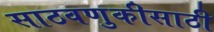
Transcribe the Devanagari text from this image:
साठवणुकीसाठी